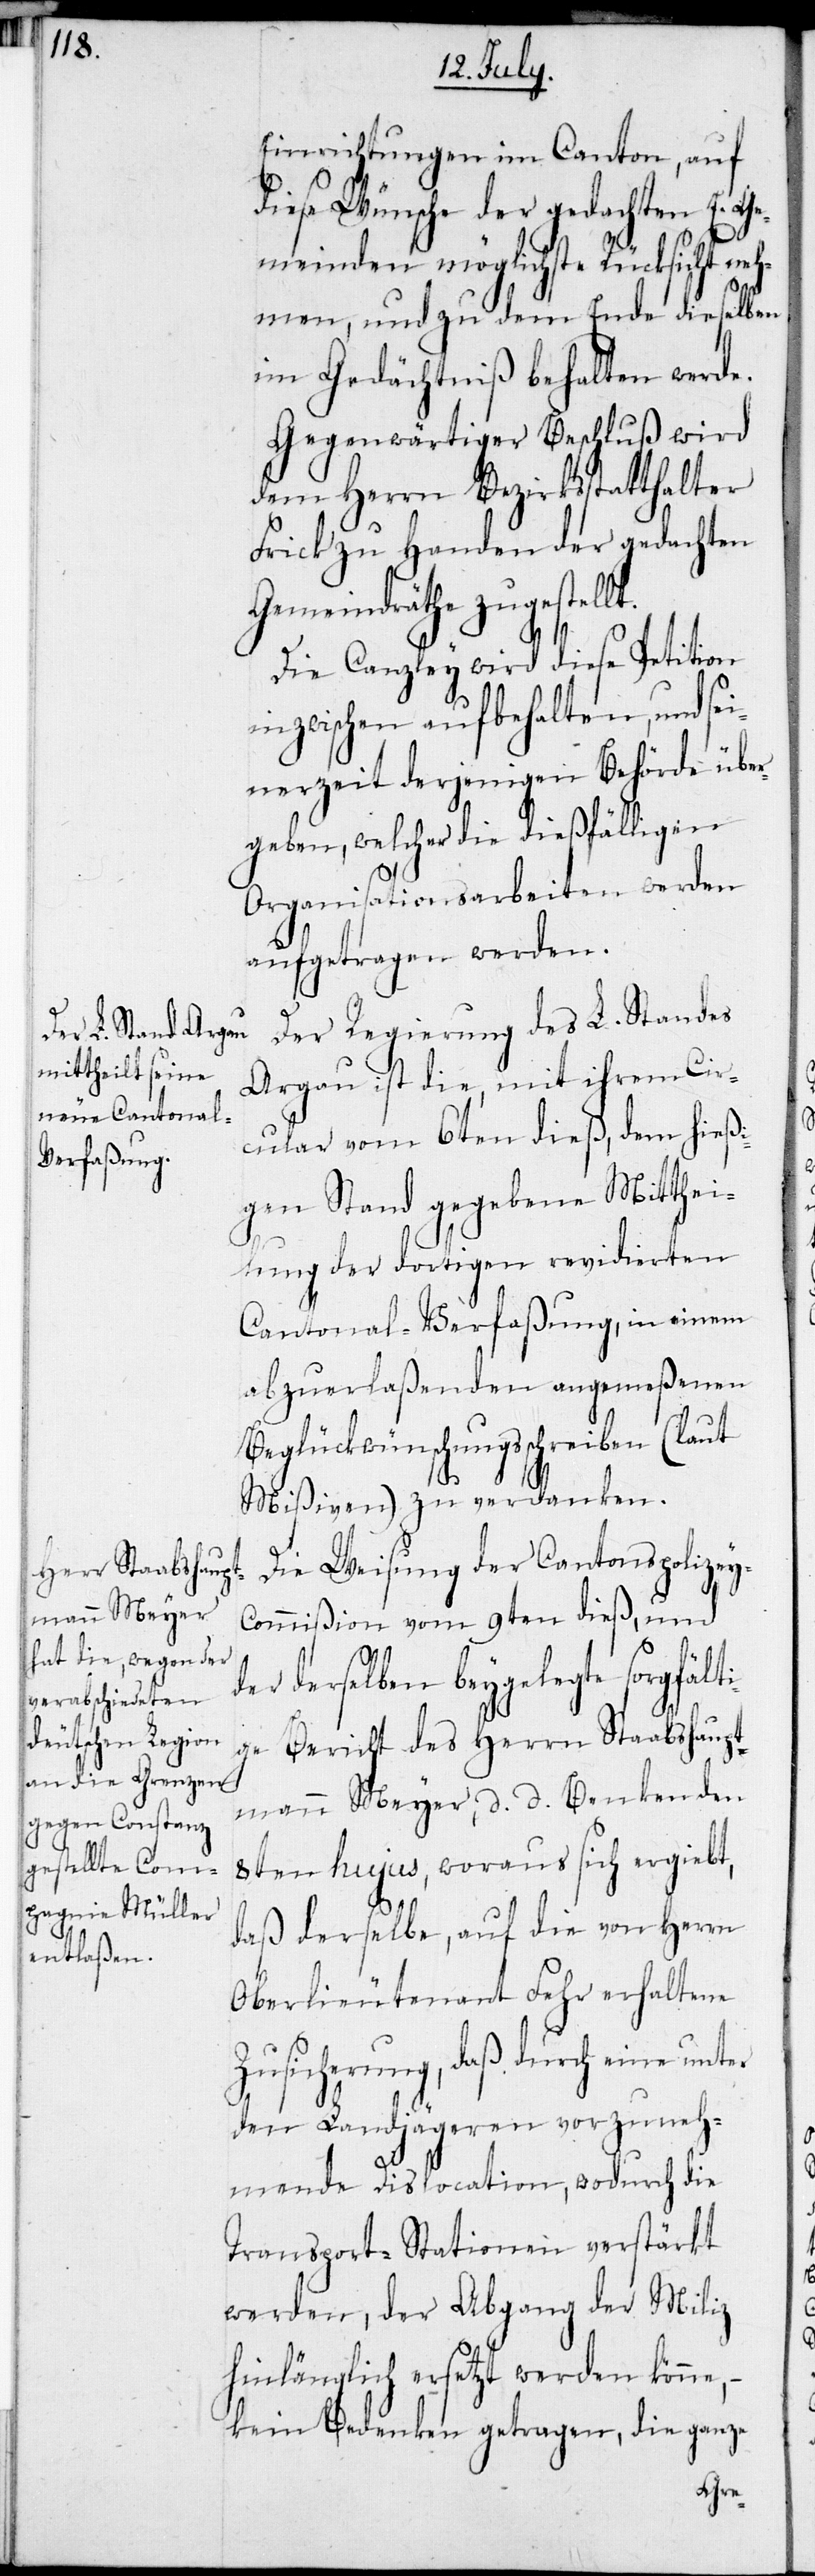
Einrichtungen im Canton, auf
diese Wünsche der gedachten E.
meinden möglichste Rücksicht neh¬
der
men, und zu dm Ende dieselben
im Gedächtniß behalten werde.
Gegenwärtiger Beschluß wird
dem Herrn Bezirksstatthalter
Frick zu Handen der gedachten
Gemeindräthe zugestellt.
Die Canzley wird diese Petition
inzwischen aufbehalten, und sei¬
nerzeit derjenigen Behörde übe¬
rgeben, welcher die dießfälligen
Organisationsarbeiten werden
aufgetragen werden.
Der Regierung des L. Standes
Argau ist die, mit ihrem Cir¬
cular vom 6ten dieß, dem hießi¬
gen Stand gegebene Mitthei¬
lung der dortigen revidierten
Cantonal-Verfaßung, in einem
abzuerlaßenden angemeßenen
Beglückwünschungsschreiben (laut
Mißiven) zu verdanken.
Die Weisung der Cantonspolizey-C¬
ommißion vom 9ten dieß, und
derselben beygelegte sorgfält¬
ige Bericht des Herrn Staabshaupt¬
mann Meyer, d. d. Benken den
8ten hujus, woraus sich ergiebt,
daß derselbe, auf die von Herrn
Oberlieutenant Fehr erhaltene
Zusicherung, daß durch eine
den Landjägeren vorzuneh¬
mende Dislocation, wodurch die
Transport-Stationen verstärkt
werden, der Abgang der Miliz
hinlänglich ersetzt werden könne,
kein Bedenken getragen, die ganze
Ge¬